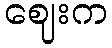
ဈေးက